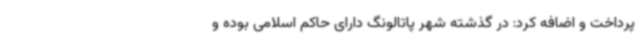
پرداخت و اضافه کرد: در گذشته شهر پاتالونگ دارای حاکم اسلامی بوده و